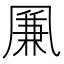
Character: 凲